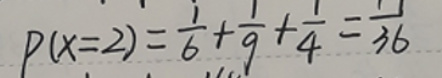
\[
P(X = 2)=\frac{1}{6}+\frac{1}{9}+\frac{1}{4}=\frac{1}{36}
\]